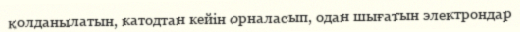
қолданылатын, катодтан кейін орналасып, одан шығатын электрондар